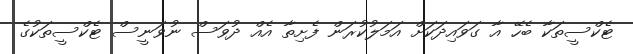
ޓެކްސީތަކާ ބެހޭ އާ ގަވައިދަކަށް އަމަލުކުރަން ފެށިތާ އެއް ދުވަސް ނުވަނީސް ޓެކްސީތަކުގެ